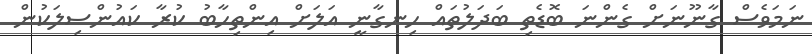
ނަމަވެސް ގާނޫނަށް ގެންނަ ބޮޑެތި ބަދަލުތައް ހިނގާނީ އަލަށް އިންތިހާބު ކުރާ ކައުންސިލަކުން